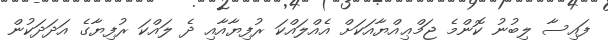
ފައިސާ ލިބުނު ކޮންމެ ޖަމްޢިއްޔާއަކަށް އެއްލައްކަ ރުފިޔާއާއި ދެ ލައްކަ ރުފިޔާގެ އަދަދަކުން